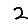
Digit: 2